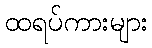
ထရပ်ကားများ